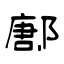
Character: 鄌